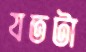
যতটা